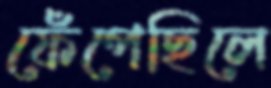
ফেঁপেছিলে